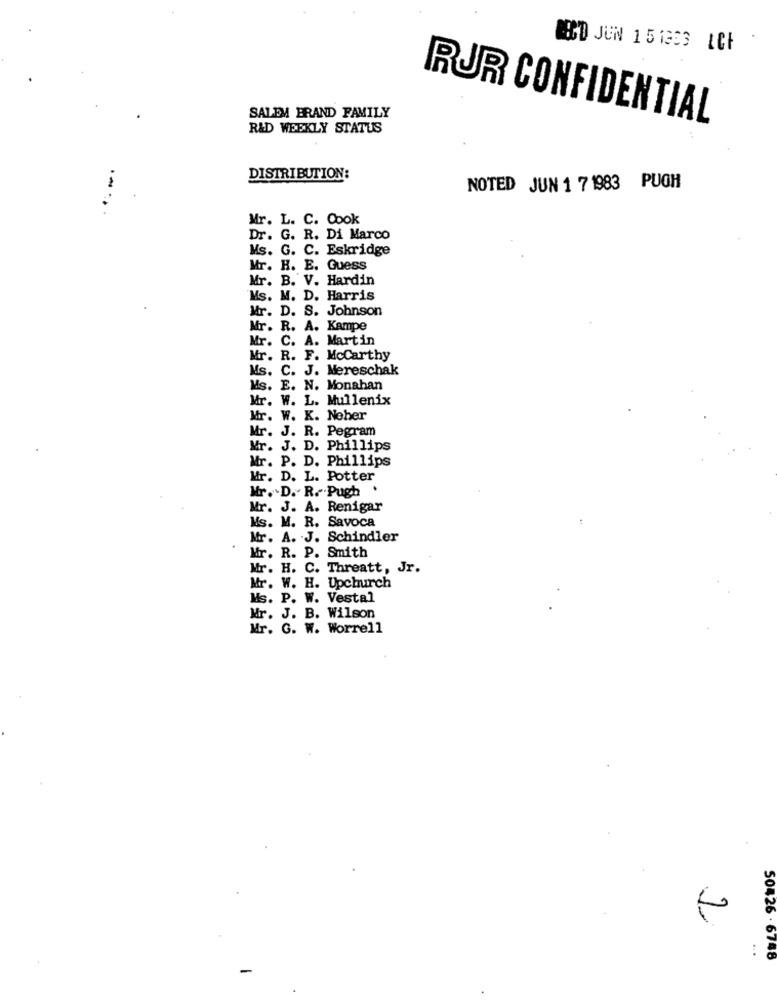
WED JUN 1 5 1333 LCF
SALEM BRAND FAMILY
RUR CONFIDENTIAL
R&D WEEKLY STATUS
DISTRIBUTION:
NOTED JUN 1 7 1983 PUGH
Mr. L. C. Cook
Dr. G. R. Di Marco
Ms. G. C. Eskridge
Mr. H. E. Guess
Mr. B. V. Hardin
Ms. M. D. Harris
Mr. D. S. Johnson
Mr. R. A. Kampe
Mr. C. A. Martin
Mr. R. F. Mccarthy
Ms. C. J. Mereschak
Ms. E. N. Monahan
Mr. W. L. Mullenix
Mr. W. K. Nober
Mr. J. R. Pegram
Mr. J. D. Phillips
Mr. P. D. Phillips
Mr. D. L. Potter
.
Mr. D. R. Pugh
Mr. J. A. Renigar
Ms. M. R. Savoca
Mr. A. J. Schindler
Mr. R. P. Smith
Mr. H. C. Threatt, Jr.
Mr. W. H. Upchurch
Ms. P. W. Vestal
Mr. J. B. Wilson
Mr. G. W. Worrell
50426 . 6748